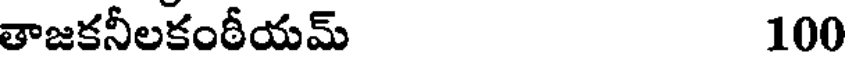
తాజకనీలకంఠీయమ్ 100